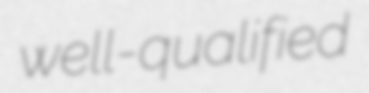
well-qualified